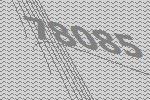
78085